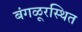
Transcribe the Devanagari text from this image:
बंगळूरस्थित